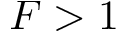
F > 1